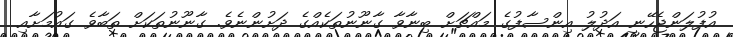
އުފުލަންޖެހޭނީ އަދުލު އިންސާފުގެ މައްޗަށް ބިނާވާ ގާނޫނުތަކެއްގެ ދަށުންނެވެ. ގާނޫނުތަކަށް ތަބާވެ ގައުމަށާއި